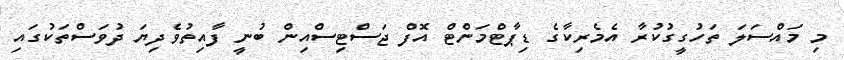
މި މައްސަލަ ތަހުގީގުކުރާ އެމެރިކާގެ ޑިޕާޓްމަންޓް އޮފް ޖަސްޓިސްއިން ބުނީ ފާއިތުވެދިޔަ ދުވަސްތަކުގައި